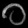
Digit: ၀